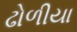
ઢોળીયા